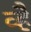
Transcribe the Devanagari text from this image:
व्है